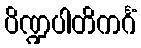
ပိဏ္ဍပါတိကင်္ဂံ